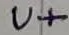
Text: U+